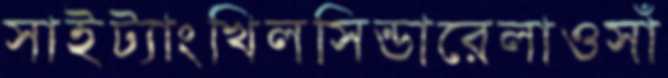
সাইট্যাংখিলসিন্ডারেলাওসাঁ